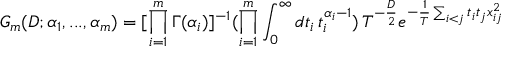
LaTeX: G _ { m } ( D ; \alpha _ { 1 } , . . . , \alpha _ { m } ) = [ \prod _ { i = 1 } ^ { m } \Gamma ( \alpha _ { i } ) ] ^ { - 1 } ( \prod _ { i = 1 } ^ { m } \int _ { 0 } ^ { \infty } d t _ { i } \, t _ { i } ^ { \alpha _ { i } - 1 } ) \, T ^ { - \frac { D } { 2 } } e ^ { - \frac { 1 } { T } \sum _ { i < j } t _ { i } t _ { j } x _ { i j } ^ { 2 } }